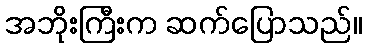
အဘိုးကြီးက ဆက်ပြောသည်။